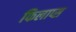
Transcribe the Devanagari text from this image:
फिलाप्स